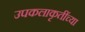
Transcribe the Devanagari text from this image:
उपकलाकृतींच्या